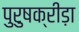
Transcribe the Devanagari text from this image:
पुरुषक्रीड़ा